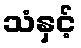
သံနှင့်